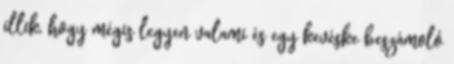
illik, hogy mégis legyen valami és egy kevéske beszámoló